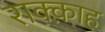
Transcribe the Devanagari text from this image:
राक्क़ाह